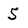
Character: 5